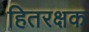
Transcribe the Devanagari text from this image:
हितरक्षक